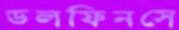
ডলফিনসে